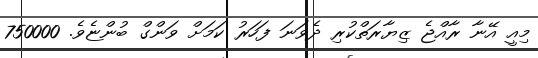
މިއީ އޭނާ ރާއްޖެ ޒިޔާރަތްކުރި ދެވަނަ ފަހަރު ކަމަށް ވަންގް ބުންޏެވެ. 750000